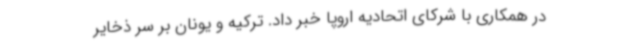
در همکاری با شرکای اتحادیه اروپا خبر داد. ترکیه و یونان بر سر ذخایر